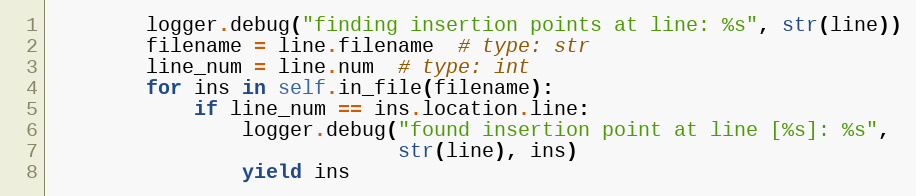
Language: Python
        logger.debug("finding insertion points at line: %s", str(line))
        filename = line.filename  # type: str
        line_num = line.num  # type: int
        for ins in self.in_file(filename):
            if line_num == ins.location.line:
                logger.debug("found insertion point at line [%s]: %s",
                             str(line), ins)
                yield ins